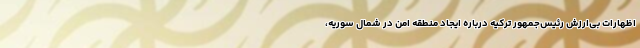
اظهارات بی‌ارزش رئیس‌جمهور ترکیه درباره ایجاد منطقه امن در شمال سوریه،